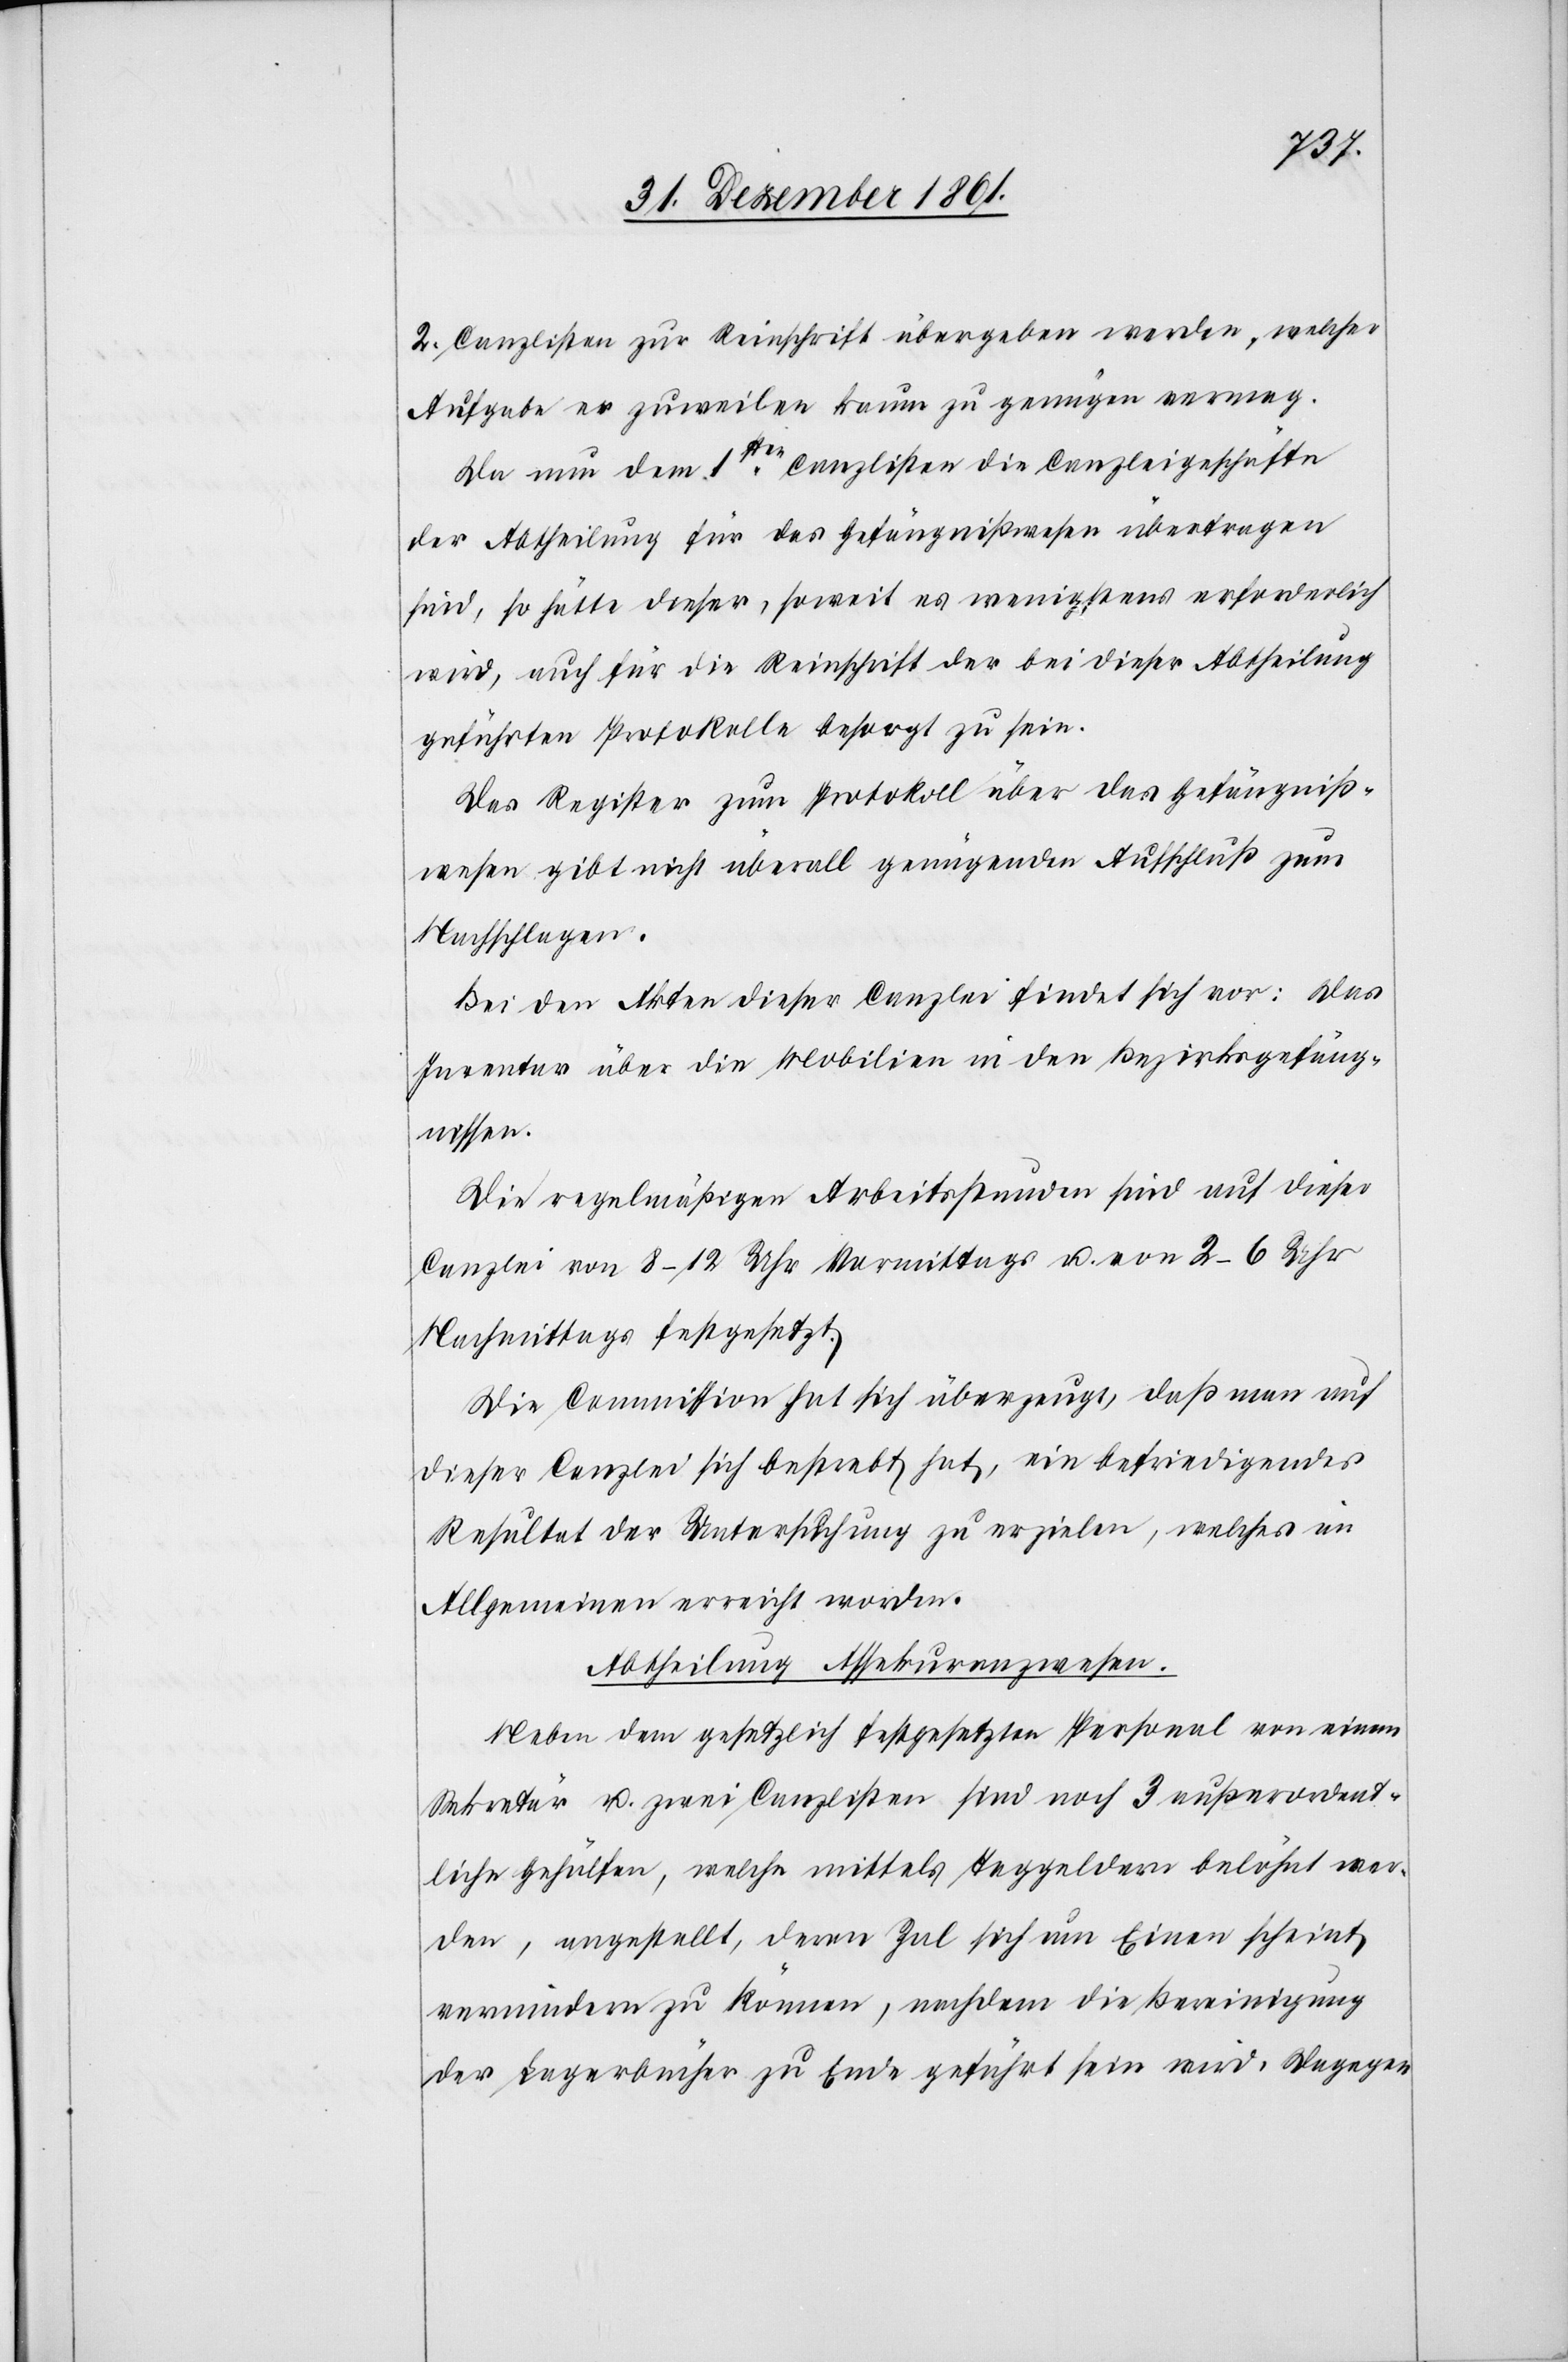
2. Canzlisten zur Reinschrift übergeben werden, welcher
Aufgabe er zuweilen kaum zu genügen vermag.
Da nun dem 1sten Canzlisten die Canzleigeschäfte
der Abtheilung für das Gefängnißwesen übertragen
sind, so hätte dieser, soweit es wenigstens erforderlich
wird, auch für die Reinschrift der bei dieser Abtheilung
geführten Protokolle besorgt zu sein.
Das Register zum Protokoll über das Gefängniß¬
wesen gibt nicht überall genügenden Aufschluß zum
Nachschlagen.
Bei den Akten dieser Canzlei findet sich vor: Das
Inventar über die Mobilien in den Bezirksgefäng¬
nissen.
Die regelmäßigen Arbeitsstunden sind auf dieser
Canzlei von 8–12 Uhr Vormittags u. von 2–6 Uhr
Nachmittags festgesetzt.
Die Commission hat sich überzeugt, daß man auf
dieser Canzlei sich bestrebt hat, ein befriedigendes
Resultat der Untersuchung zu erzielen, welches im
Allgemeinen erreicht worden.
Abtheilung Assekuranzwesen.
Neben dem gesetzlich festgesetzten Personal von einem
Sekretär u. zwei Canzlisten sind noch 3 außerordent¬
liche Gehülfen, welche mittels Taggeldern belöhnt wer¬
den, angestellt, deren Zal sich um Einen scheint
vermindern zu können, nachdem die Bereinigung
der Lagerbücher zu Ende geführt sein wird. Dagegen